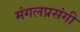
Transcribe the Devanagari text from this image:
मंगलप्रसंगी